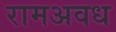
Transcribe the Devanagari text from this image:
रामअवध